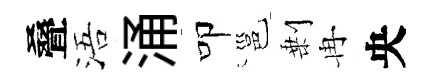
叠浯涌叩邕剰冉央